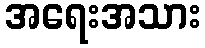
အရေးအသား